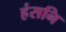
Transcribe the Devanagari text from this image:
हंसनि